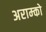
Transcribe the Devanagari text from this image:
अराम्को